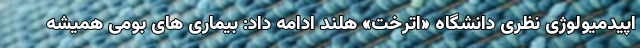
اپیدمیولوژی نظری دانشگاه «اترخت» هلند ادامه داد: بیماری های بومی همیشه